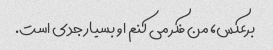
برعکس، من فکر می کنم او بسیار جدی است.